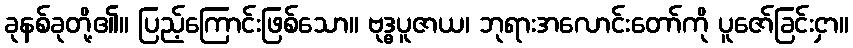
ခုနစ်ခုတို့၏။ ပြည့်ကြောင်းဖြစ်သော။ ဗုဒ္ဓပူဇာယ၊ ဘုရားအလောင်းတော်ကို ပူဇော်ခြင်းငှာ။